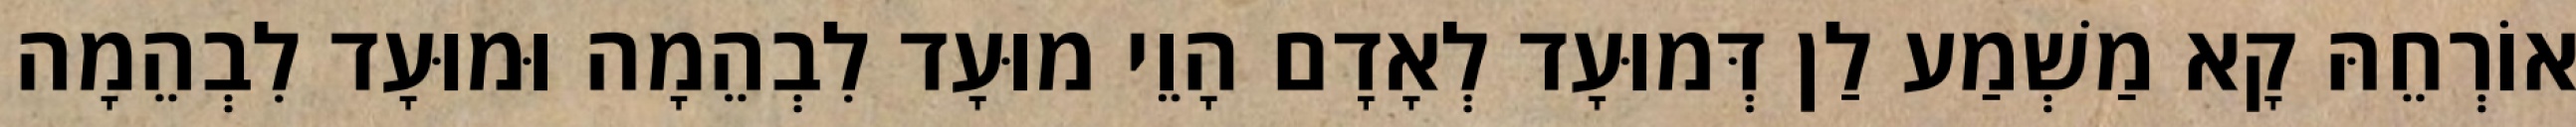
אוֹרְחֵהּ קָא מַשְׁמַע לַן דְּמוּעָד לְאָדָם הָוֵי מוּעָד לִבְהֵמָה וּמוּעָד לִבְהֵמָה